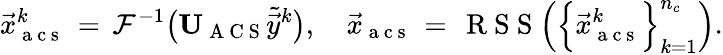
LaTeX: \vec{x}_{\mathrm{~a~c~s~}}^{k}\, =\, \mathcal{F}^{-1}\big(\mathbf{U}_{\mathrm{~A~C~S~}}\tilde{\vec{y}}^{k}\big),\quad\vec{x}_{\mathrm{~a~c~s~}}\, =\, \mathrm{~R~S~S~}\Big(\Big\{ \vec{x}_{\mathrm{~a~c~s~}}^{k}\Big\} _{k=1}^{n_{c}}\Big).